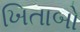
ખિતાબો